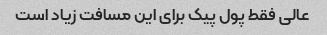
عالی‌ فقط پول پیک برای این مسافت زیاد است